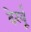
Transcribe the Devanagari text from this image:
देखूँ